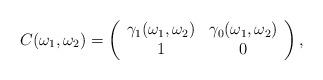
LaTeX: \begin{align*}C(\omega_1,\omega_2)=\left( \begin{array}{ccc}\gamma_1(\omega_1,\omega_2) & \gamma_0(\omega_1,\omega_2) \\1 & 0\end{array} \right),\end{align*}